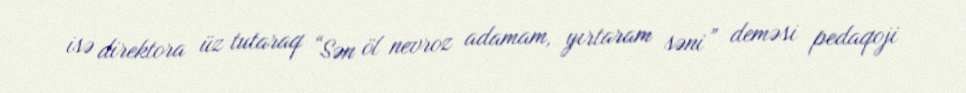
isə direktora üz tutaraq “Sən öl nevroz adamam, yırtaram səni” deməsi pedaqoji